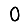
Digit: 0